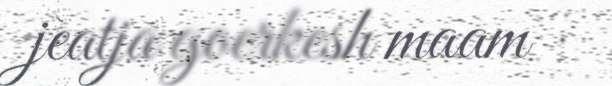
jeatja goerkesh maam